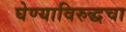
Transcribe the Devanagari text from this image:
घेण्याविरुद्धचा